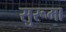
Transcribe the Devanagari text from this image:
सुरूमा